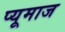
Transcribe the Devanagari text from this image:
प्यूमाज